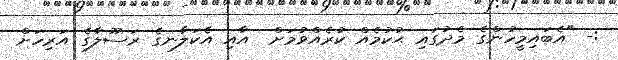
:- "އެބައިމީހުންގެ މެދުގައި ޙުކުމެއް ކުރެއްވުމަށް  އާއި އެކަލާނގެ ރަސޫލާގެ އަރިހަށް